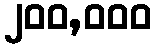
၂၀၀,၀၀၀